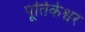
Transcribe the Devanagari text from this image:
पूतिकेश्वर